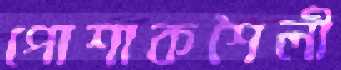
পোশাকশৈলী